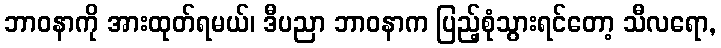
ဘာဝနာကို အားထုတ်ရမယ်၊ ဒီပညာ ဘာဝနာက ပြည့်စုံသွားရင်တော့ သီလရော,